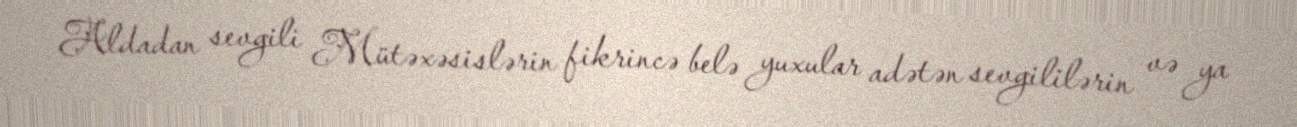
Aldadan sevgili Mütəxəsislərin fikrincə belə yuxular adətən sevgililərin və ya